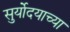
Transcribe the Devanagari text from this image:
सुर्योदयाच्या